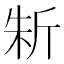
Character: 𣂛